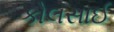
કોલસાઈ